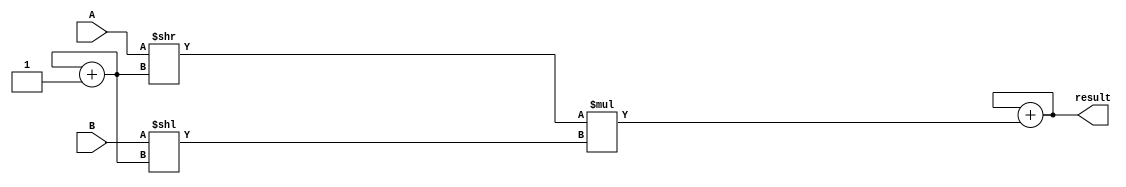
module ShiftAndAddMultiplier (

    input [7:0] A, // 8-bit input operand A
    input [7:0] B, // 8-bit input operand B
    output reg [15:0] result // 16-bit output result
);

reg [7:0] partial_product;
reg [6:0] shift_counter;

always @(*) begin
    partial_product = A >> shift_counter;
    result = result + (partial_product * (B << shift_counter));
    shift_counter = shift_counter + 1;
end

endmodule